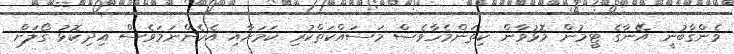
ވެންގާބުނީ އޭނާގެ ޓީމުން މޮޅުވާން ކިތަންމެހާވެސް މަސައްކަތްކުރި ކަމަށާއި އެހެންނަމަވެސް އިދިކޮޅު ގޯލަށް